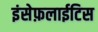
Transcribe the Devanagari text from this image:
इंसेफ़लाईटिस